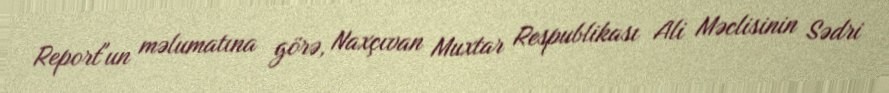
Report"un məlumatına görə, Naxçıvan Muxtar Respublikası Ali Məclisinin Sədri